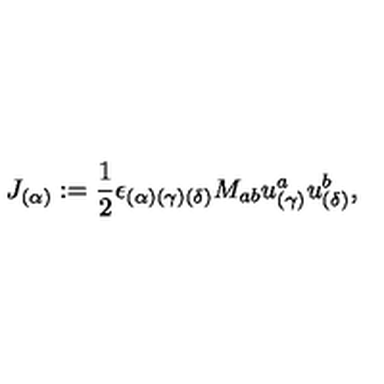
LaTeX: J _ { ( \alpha ) } : = { \frac { 1 } { 2 } } \epsilon _ { ( \alpha ) ( \gamma ) ( \delta ) } { M } _ { a b } u _ { ( \gamma ) } ^ { a } u _ { ( \delta ) } ^ { b } ,